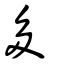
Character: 多